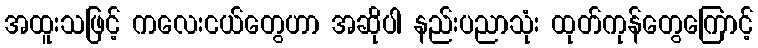
အထူးသဖြင့် ကလေးငယ်တွေဟာ အဆိုပါ နည်းပညာသုံး ထုတ်ကုန်တွေကြောင့်